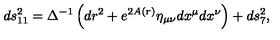
d s _ { 1 1 } ^ { 2 } = \Delta ^ { - 1 } \left( d r ^ { 2 } + e ^ { 2 A ( r ) } \eta _ { \mu \nu } d x ^ { \mu } d x ^ { \nu } \right) + d s _ { 7 } ^ { 2 } ,